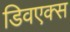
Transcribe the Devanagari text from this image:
डिवएक्स